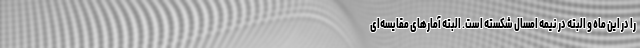
را در این ماه و البته در نیمه امسال شکسته است. البته آمارهای مقایسه‌ای